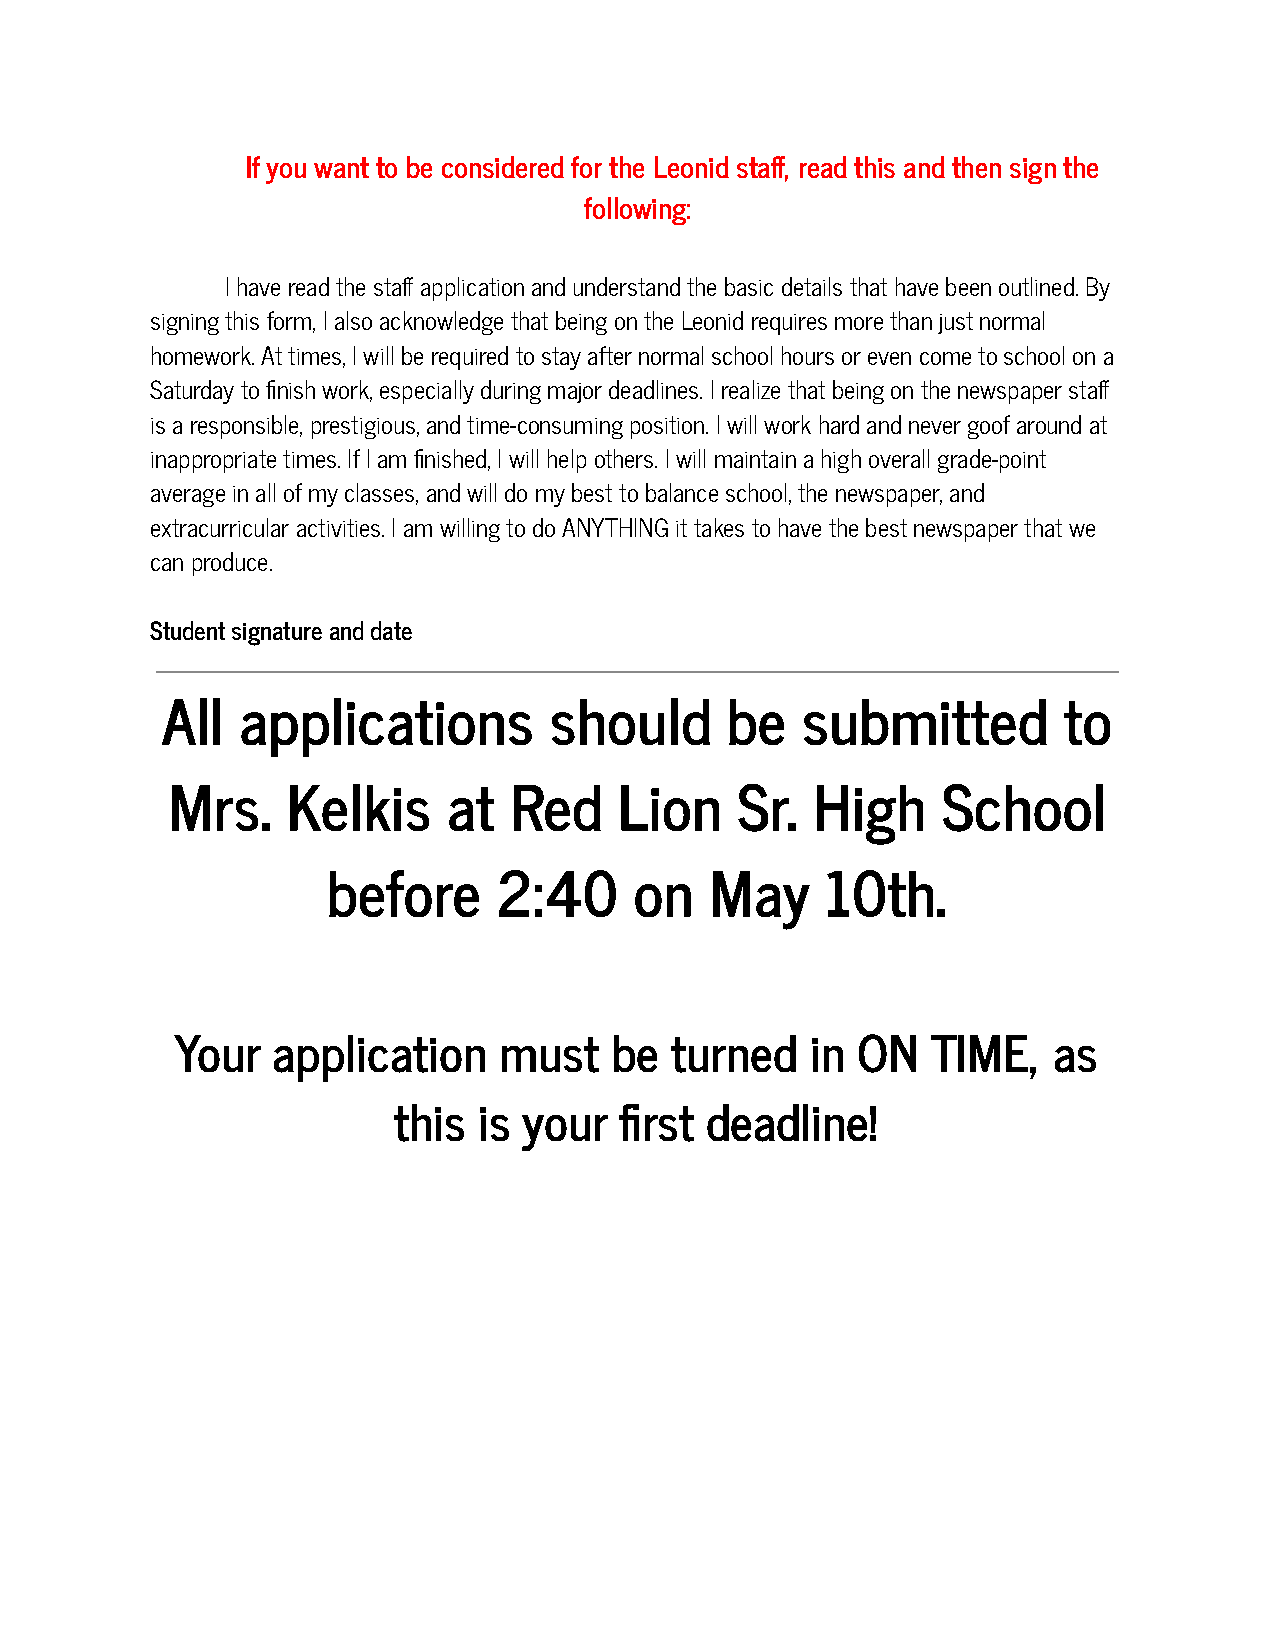
If you want to be considered for the Leonid staff, read this and then sign the
 following:
 I have read the staff application and understand the basic details that have been outlined. By
 signing this form, I also acknowledge that being onthe Leonid requires more than just normal
 homework. At times, I will be required to stay afternormal school hours or even come to school on a
 Saturday to finish work, especially during major deadlines.I realize that being on the newspaper staff
 is a responsible, prestigious, and time-consuming position. I will work hard and never goof around at
 inappropriate times. If I am finished, I will helpothers. I will maintain a high overall grade-point
 average in all of my classes, and will do my bestto balance school, the newspaper, and
 extracurricular activities. I am willing to do ANYTHING it takes to have the best newspaper that we
 can produce.
 Student signature and date
 All  applications        should      be   submitted        to
 Mrs.    Kelkis     at  Red    Lion    Sr.  High    School
 before     2:40     on   May     10th.
 Your  application    must    be turned    in ON   TIME,   as
 this  is your  first deadline!